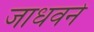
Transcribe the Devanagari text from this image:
जाधवने